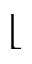
\lfloor